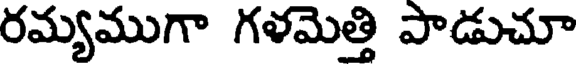
రమ్యముగా గళమెత్తి పాడుచూ